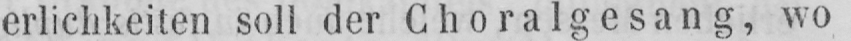
erlichkeiten soll der Choralgesang, wo